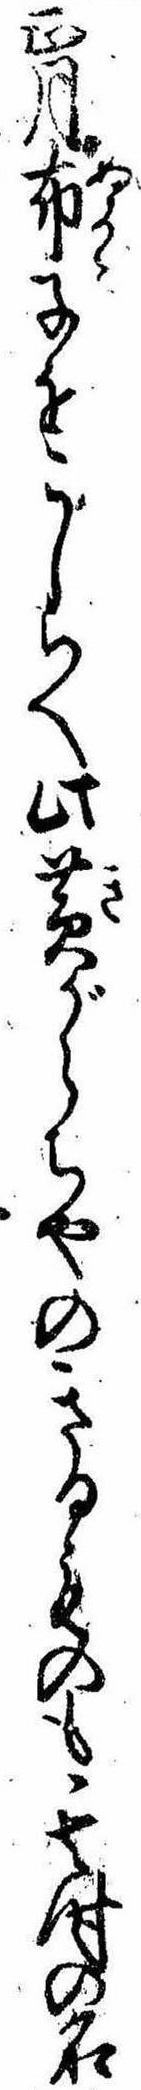
正月布子をこしらへ此黄がらちやのきるものも其時の名